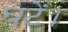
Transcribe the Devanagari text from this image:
घटें।